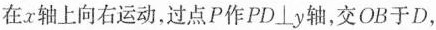
在x轴上向右运动，过点P作PD⊥y轴，交OB于D，